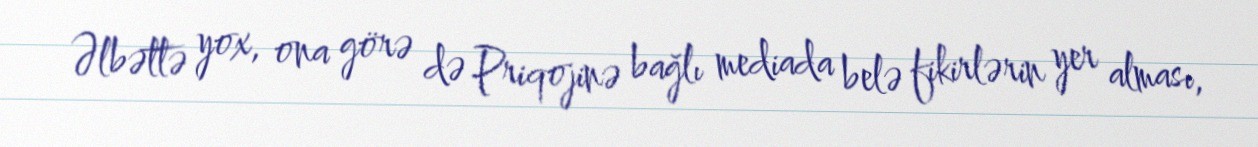
Əlbəttə yox, ona görə də Priqojinə bağlı mediada belə fikirlərin yer alması,